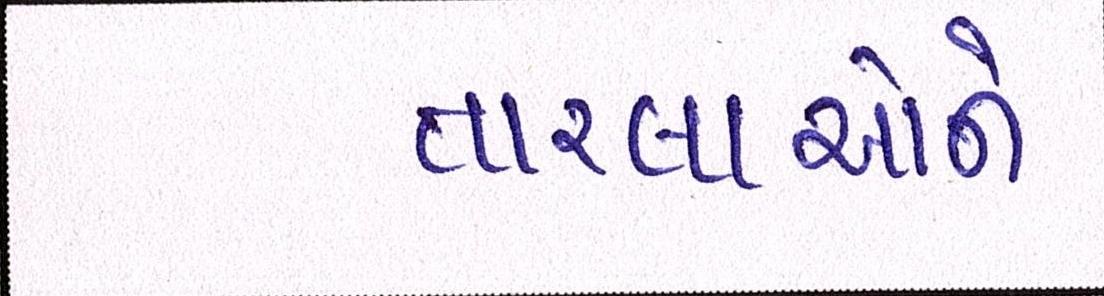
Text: તારલાઓને